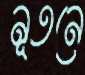
নূতনে